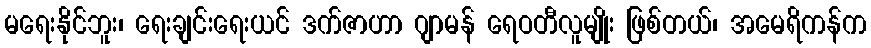
မရေးနိုင်ဘူး၊ ရေးချင်းရေးယင် ဒက်ဇာဟာ ဂျာမန် ရေဝတီလူမျိုး ဖြစ်တယ်၊ အမေရိကန်က